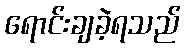
ရောင်းချခဲ့ရသည်